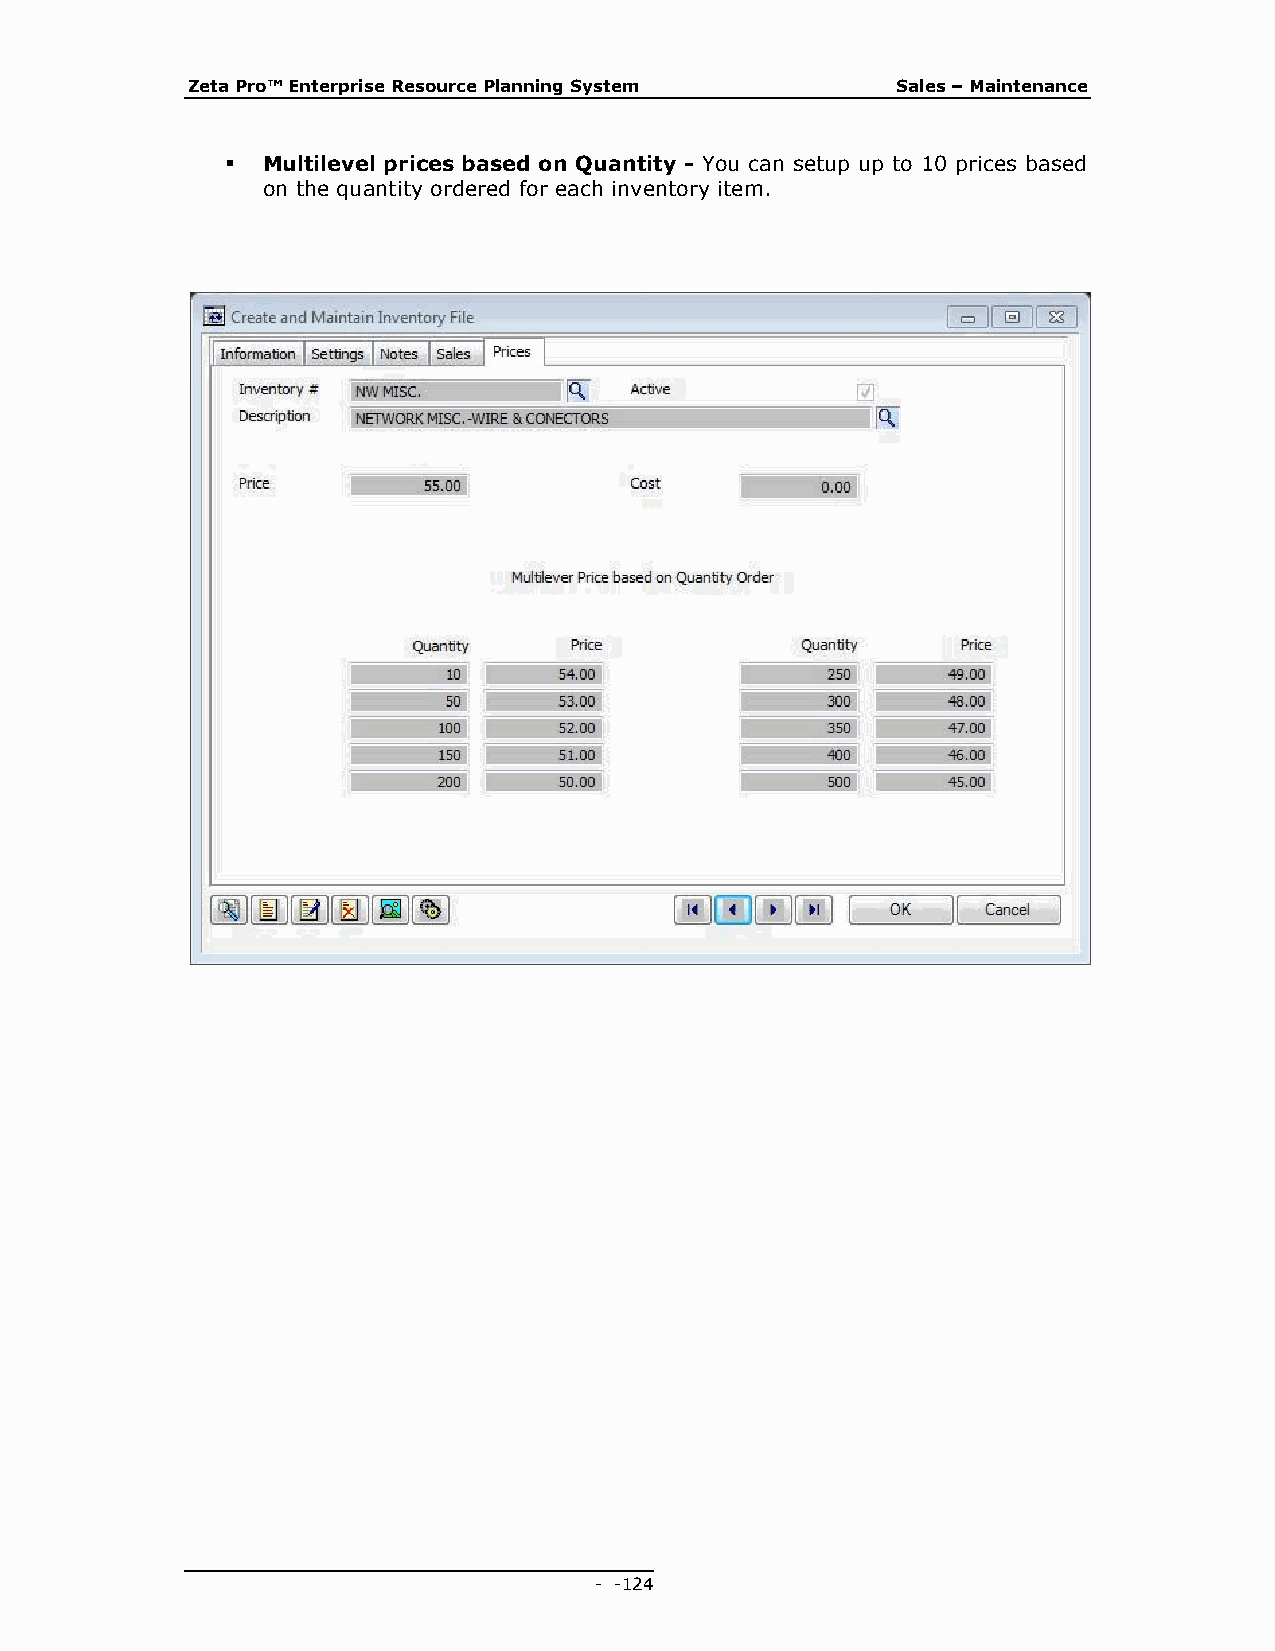
Zeta Pro™ Enterprise Resource Planning System  Sales – Maintenance
  Multilevel prices based on Quantity - You can setup up to 10 prices based
 on the quantity ordered for each inventory item.
 - - 124